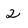
Character: 2